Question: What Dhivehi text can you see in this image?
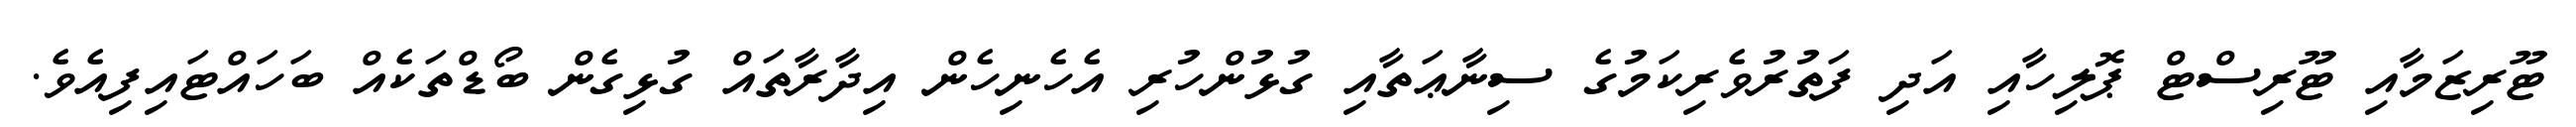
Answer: ޓޫރިޒަމާއި ޓޫރިސްޓް ޕޮލިހާއި އަދި ފަތުރުވެރިކަމުގެ ސިނާޢަތާއި ގުޅުންހުރި އެހެނިހެން އިދާރާތައް ގުޅިގެން ބޯޑްތަކެއް ބަހައްޓައިފިއެވެ.